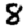
Digit: 8